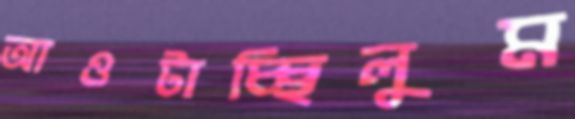
আওটাচ্ছিলুম